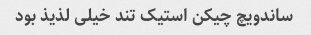
ساندویچ چیکن استیک تند خیلی لذیذ بود